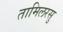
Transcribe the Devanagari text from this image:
तामिलरसु